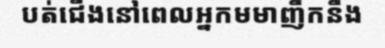
បត់ជើងនៅពេលអ្នកមមាញឹកនឹង